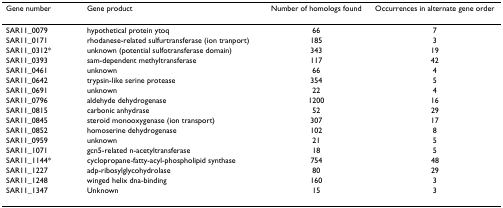
<table><thead><tr><td><b>Gene number</b></td><td><b>Gene product</b></td><td><b>Number of homologs found</b></td><td><b>Occurrences in alternate gene order</b></td></tr></thead><tbody><tr><td>SAR11_0079</td><td>hypothetical protein ytoq</td><td>66</td><td>7</td></tr><tr><td>SAR11_0171</td><td>rhodanese-related sulfurtransferase (ion tranport)</td><td>185</td><td>3</td></tr><tr><td>SAR11_0312*</td><td>unknown (potential sulfotransferase domain)</td><td>343</td><td>19</td></tr><tr><td>SAR11_0393</td><td>sam-dependent methyltransferase</td><td>117</td><td>42</td></tr><tr><td>SAR11_0461</td><td>unknown</td><td>66</td><td>4</td></tr><tr><td>SAR11_0642</td><td>trypsin-like serine protease</td><td>354</td><td>5</td></tr><tr><td>SAR11_0691</td><td>unknown</td><td>22</td><td>4</td></tr><tr><td>SAR11_0796</td><td>aldehyde dehydrogenase</td><td>1200</td><td>16</td></tr><tr><td>SAR11_0815</td><td>carbonic anhydrase</td><td>52</td><td>29</td></tr><tr><td>SAR11_0845</td><td>steroid monooxygenase (ion transport)</td><td>307</td><td>17</td></tr><tr><td>SAR11_0852</td><td>homoserine dehydrogenase</td><td>102</td><td>8</td></tr><tr><td>SAR11_0959</td><td>unknown</td><td>21</td><td>5</td></tr><tr><td>SAR11_1071</td><td>gcn5-related n-acetyltransferase</td><td>18</td><td>5</td></tr><tr><td>SAR11_1144*</td><td>cyclopropane-fatty-acyl-phospholipid synthase</td><td>754</td><td>48</td></tr><tr><td>SAR11_1227</td><td>adp-ribosylglycohydrolase</td><td>80</td><td>29</td></tr><tr><td>SAR11_1248</td><td>winged helix dna-binding</td><td>160</td><td>3</td></tr><tr><td>SAR11_1347</td><td>Unknown</td><td>15</td><td>3</td></tr></tbody></table>